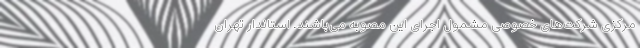
مرکزی شرکت‌های خصوصی مشمول اجرای این مصوبه می‌باشند. استاندار تهران